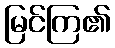
မြင်ကြ၏